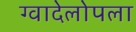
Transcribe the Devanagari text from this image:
ग्वादेलोपला